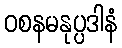
ဝစနမနုပ္ပဒါနံ